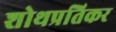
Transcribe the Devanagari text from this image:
शोथप्रतिकर